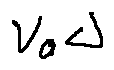
v _ { a } \Delta